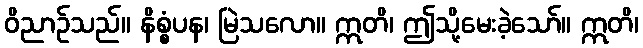
ဝိညာဉ်သည်။ နိစ္စံပန၊ မြဲသလော။ ဣတိ၊ ဤသို့မေးခဲ့သော်။ ဣတိ၊